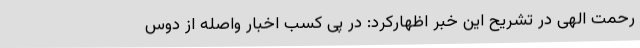
رحمت الهی در تشریح این خبر اظهارکرد: در پی کسب اخبار واصله از دوس